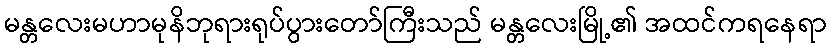
မန္တလေးမဟာမုနိဘုရားရုပ်ပွားတော်ကြီးသည် မန္တလေးမြို့၏ အထင်ကရနေရာ